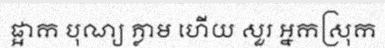
ផ្អាក បុណ្យ ភ្លាម ហើយ សួរ អ្នកស្រុក